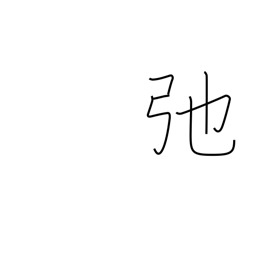
Meaning: slacken